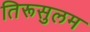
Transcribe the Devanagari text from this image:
तिरूसुलम